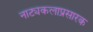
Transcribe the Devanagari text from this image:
नाट्यकलाप्रसारक